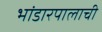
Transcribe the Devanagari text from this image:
भांडारपालाची